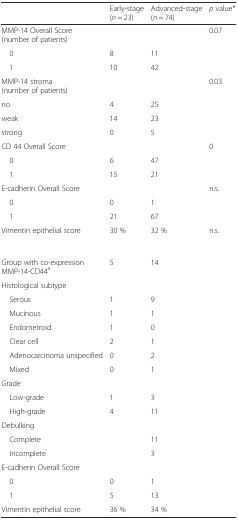
<table><thead><tr><td></td><td><b>Early-stage (<i>n</i> = 23)</b></td><td><b>Advanced-stage (<i>n</i> = 74)</b></td><td><b><i>p</i> value*</b></td></tr></thead><tbody><tr><td>MMP-14 Overall Score (number of patients)</td><td></td><td></td><td>0.07</td></tr><tr><td> 0</td><td>8</td><td>11</td><td></td></tr><tr><td> 1</td><td>10</td><td>42</td><td></td></tr><tr><td>MMP-14 stroma (number of patients)</td><td></td><td></td><td>0.03</td></tr><tr><td>no</td><td>4</td><td>25</td><td></td></tr><tr><td>weak</td><td>14</td><td>23</td><td></td></tr><tr><td>strong</td><td>0</td><td>5</td><td></td></tr><tr><td>CD 44 Overall Score</td><td></td><td></td><td>0</td></tr><tr><td> 0</td><td>6</td><td>47</td><td></td></tr><tr><td> 1</td><td>15</td><td>21</td><td></td></tr><tr><td>E-cadherin Overall Score</td><td></td><td></td><td>n.s.</td></tr><tr><td> 0</td><td>0</td><td>1</td><td></td></tr><tr><td> 1</td><td>21</td><td>67</td><td></td></tr><tr><td>Vimentin epithelial score</td><td>30 %</td><td>32 %</td><td>n.s.</td></tr><tr><td>Group with co-expression MMP-14-CD44<sup>a</sup></td><td>5</td><td>14</td><td></td></tr><tr><td colspan="4">Histological subtype</td></tr><tr><td> Serous</td><td>1</td><td>9</td><td></td></tr><tr><td> Mucinous</td><td>1</td><td>1</td><td></td></tr><tr><td> Endometroid</td><td>1</td><td>0</td><td></td></tr><tr><td> Clear cell</td><td>2</td><td>1</td><td></td></tr><tr><td> Adenocarcinoma unspecified</td><td>0</td><td>2</td><td></td></tr><tr><td> Mixed</td><td>0</td><td>1</td><td></td></tr><tr><td colspan="4">Grade</td></tr><tr><td> Low-grade</td><td>1</td><td>3</td><td></td></tr><tr><td> High-grade</td><td>4</td><td>11</td><td></td></tr><tr><td colspan="4">Debulking</td></tr><tr><td> Complete</td><td></td><td>11</td><td></td></tr><tr><td> Incomplete</td><td></td><td>3</td><td></td></tr><tr><td colspan="4">E-cadherin Overall Score</td></tr><tr><td> 0</td><td>0</td><td>1</td><td></td></tr><tr><td> 1</td><td>5</td><td>13</td><td></td></tr><tr><td>Vimentin epithelial score</td><td>36 %</td><td>34 %</td><td></td></tr></tbody></table>